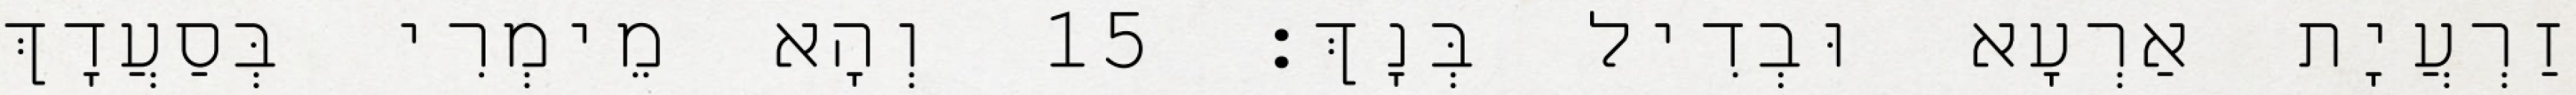
זַרְעֲיָת אַרְעָא וּבְדִיל בְּנָךְ׃ 15 וְהָא מֵימְרִי בְּסַעֲדָךְ